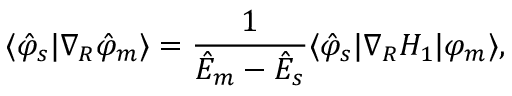
\langle \hat { \varphi } _ { s } | \nabla _ { R } \hat { \varphi } _ { m } \rangle = \frac 1 { { \cal \hat { E } } _ { m } - { \cal \hat { E } } _ { s } } \langle \hat { \varphi } _ { s } | \nabla _ { R } H _ { 1 } | \varphi _ { m } \rangle ,